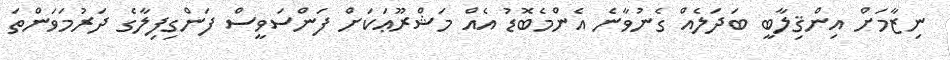
ނިޒާމަށް އިންޤިލާބީ ބަދަލެއް ގެނުވާނެ އެންމެބޮޑު އެއް މަޝްރޫޢަކަށް ފަންސަވީސް ފަންގިފިލާގެ ދަރުމަވަންތަ